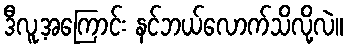
ဒီလူ့အကြောင်း နင်ဘယ်လောက်သိလို့လဲ။